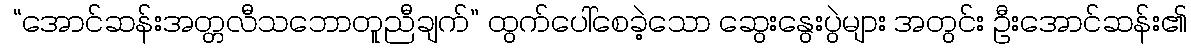
 “အောင်ဆန်းအတ္တလီသဘောတူညီချက်” ထွက်ပေါ်စေခဲ့သော ဆွေးနွေးပွဲများ အတွင်း ဦးအောင်ဆန်း၏